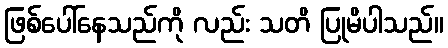
ဖြစ်ပေါ်နေသည်ကို လည်း သတိ ပြုမိပါသည်။